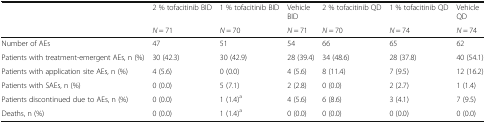
<table><thead><tr><td></td><td><b>2 % tofacitinib BID</b></td><td><b>1 % tofacitinib BID</b></td><td><b>VehicleBID</b></td><td><b>2 % tofacitinib QD</b></td><td><b>1 % tofacitinib QD</b></td><td><b>VehicleQD</b></td></tr><tr><td></td><td><b><i>N</i> = 71</b></td><td><b><i>N</i> = 70</b></td><td><b><i>N</i> = 71</b></td><td><b><i>N</i> = 70</b></td><td><b><i>N</i> = 74</b></td><td><b><i>N</i> = 74</b></td></tr></thead><tbody><tr><td>Number of AEs</td><td>47</td><td>51</td><td>54</td><td>66</td><td>65</td><td>62</td></tr><tr><td>Patients with treatment-emergent AEs, n (%)</td><td>30 (42.3)</td><td>30 (42.9)</td><td>28 (39.4)</td><td>34 (48.6)</td><td>28 (37.8)</td><td>40 (54.1)</td></tr><tr><td>Patients with application site AEs, n (%)</td><td>4 (5.6)</td><td>0 (0.0)</td><td>4 (5.6)</td><td>8 (11.4)</td><td>7 (9.5)</td><td>12 (16.2)</td></tr><tr><td>Patients with SAEs, n (%)</td><td>0 (0.0)</td><td>5 (7.1)</td><td>2 (2.8)</td><td>0 (0.0)</td><td>2 (2.7)</td><td>1 (1.4)</td></tr><tr><td>Patients discontinued due to AEs, n (%)</td><td>0 (0.0)</td><td>1 (1.4)<sup>a</sup></td><td>4 (5.6)</td><td>6 (8.6)</td><td>3 (4.1)</td><td>7 (9.5)</td></tr><tr><td>Deaths, n (%)</td><td>0 (0.0)</td><td>1 (1.4)<sup>a</sup></td><td>0 (0.0)</td><td>0 (0.0)</td><td>0 (0.0)</td><td>0 (0.0)</td></tr></tbody></table>